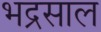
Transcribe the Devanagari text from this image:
भद्रसाल